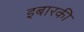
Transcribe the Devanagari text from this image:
इबारकी